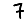
Digit: 7